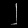
Digit: ၂